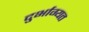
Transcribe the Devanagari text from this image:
दुर्भाग्यत